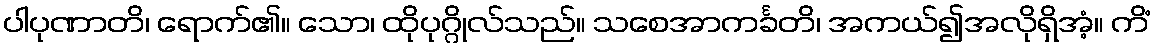
ပါပုဏာတိ၊ ရောက်၏။ သော၊ ထိုပုဂ္ဂိုလ်သည်။ သစေအာကင်္ခတိ၊ အကယ်၍အလိုရှိအံ့။ ကိံ